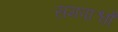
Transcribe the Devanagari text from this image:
समपार्श्वों